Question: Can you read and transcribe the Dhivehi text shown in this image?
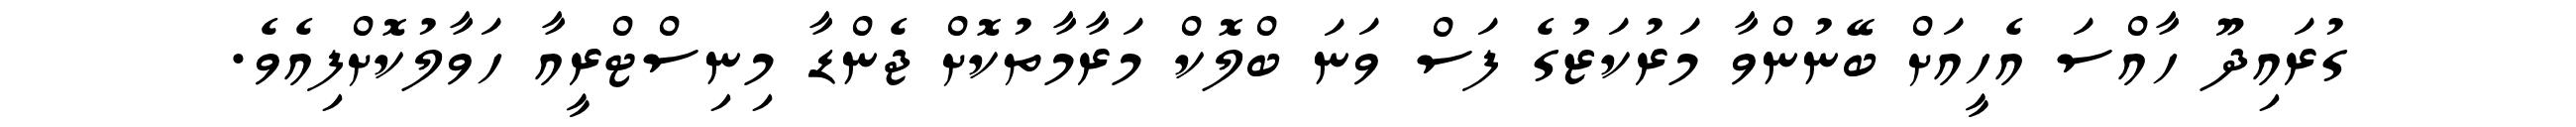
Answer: ގުރައިދޫ ހާއްސަ އެހީއަށް ބޭނުންވާ މަރުކަޒުގެ ފަސް ވަނަ ބްލޮކް މަރާމާތުކޮށް ޖެންޑާ މިނިސްޓްރީއާ ހަވާލުކޮށްފިއެވެ.